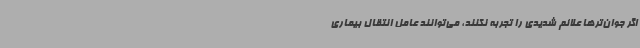
اگر جوان‌ترها علائم شدیدی را تجربه نکنند، می‌توانند عامل انتقال بیماری